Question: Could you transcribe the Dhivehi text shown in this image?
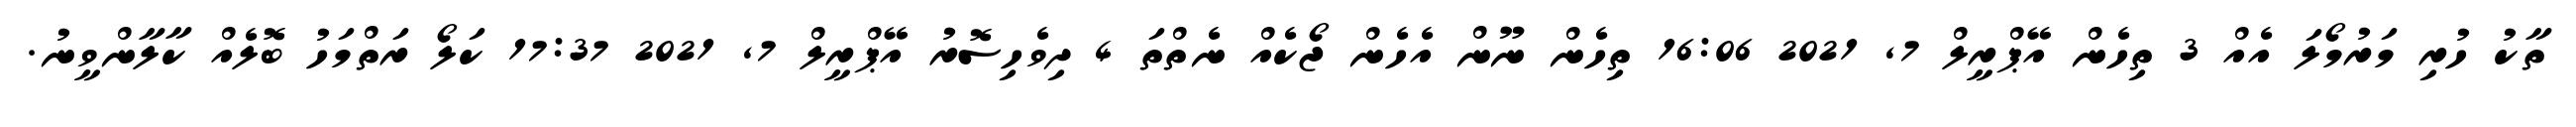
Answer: ތާކު ހުރި މަރުމޯލަ އެއް 3 ތިހެން އޭޕްރީލް 7, 2021 16:06 ތިހެން ނޫން އެހެން ޖޯކެއް ނެތްތަ 4 ދިވެހިސޮރު އޭޕްރީލް 7, 2021 17:37 ކަލޯ ރަތްމަހު ބޮލެއް ކާލާންވީނު.